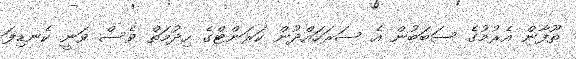
ތޫފާން އެރުމުގެ ސަބަބުން އެ ސަރަހައްދުން ކަރަންޓްގެ ހިދުމަތް ވެސް ވަނީ ކެނޑިފަ